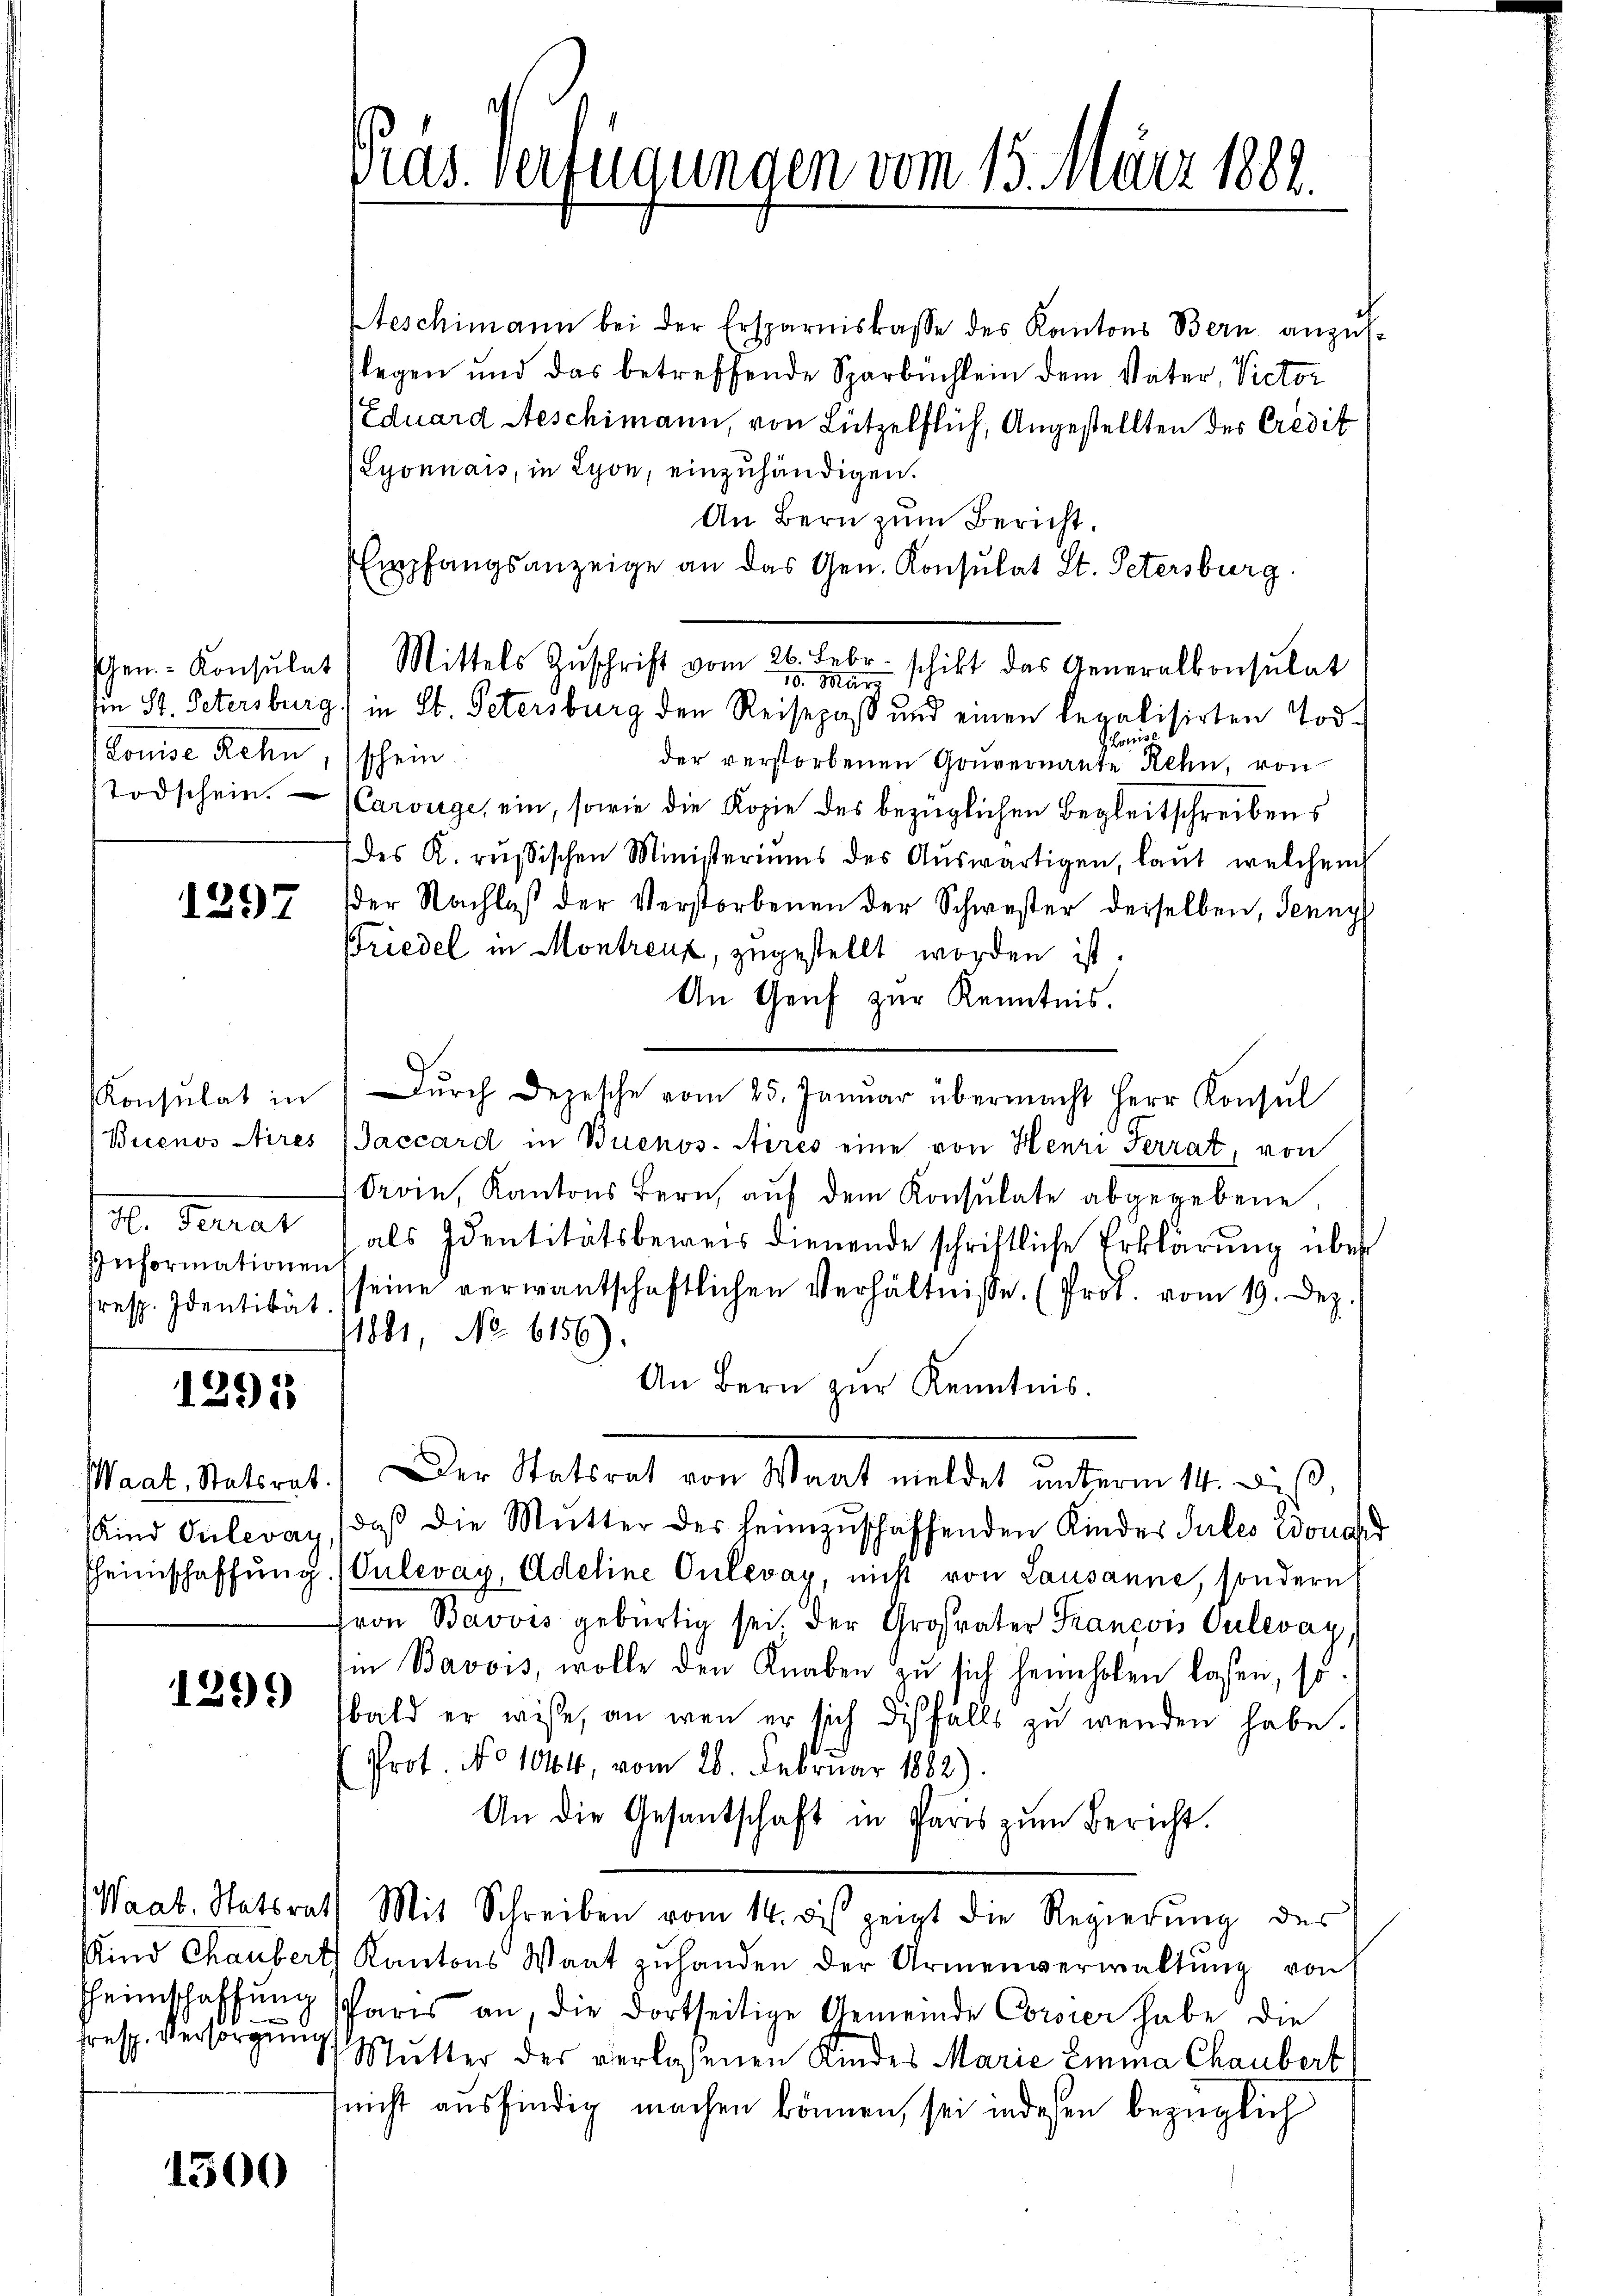
schen. - Konsulat
tonie Lehen,
Todschein.

1297

Konsulat in
Buenos Aires
d. Berat
Informationen
fresp. Identität

1395

Waat, Statsrat.
Kind Pulevay
Heimschaffung

1299

Waat. Statsrat
Kind Chaubert
Heimschaffung
fresp. Versorgung.

1500

ras. Verfügungen vom 15. März 1882.

teschimann bei der Ersparniskasse des Kantons Bern anzust
slegen und das betreffende Sparbüchlein dem Vater, Victor
Eduard Aeschimann, von Lützelflich, Angestellten des Credit
Lyonnais, in Lyon, einzuhändigen.
An Bern zum Bericht.
Empfangsanzeige an das Gen. Konsulat St. Petersburg.
Mittels Zŭschrift vom 26. Febr. schikt das Generalkonsulat
10. März
Iin St. Petersburg) in St. Petersburg den Reisepaß und einen legalisirten Tod¬
Loewise
schein
der verstorbenen Gouvernannte Rehn, von
Carouge, ein, sowie die Kopie des bezüglichen Begleitschreibens
(des K. russischen Ministeriums des Aŭswärtigen, laut welchem
der Nachlaβ der Verstorbenen der Schwester derselben, Jenny
Friedel in Montreuz, zugestellt worden ist.
An Genf zur Kenntnis.
Dŭrch Depesche vom 25. Januar übermacht Herr Konsul
Jaccard in Buenos-Ayres eine von Henri Terrat, von
Oroin, Kantons Bern, aŭf dem Konsulate abgegebene,
als Identitätsbeweis dienende schriftliche Erklärung über
seine verwantschaftlichen Verhältnisse. (Prot. vom 19. Dez.
1881, No 6156)
An Bern zŭr Kenntnis.
Der Vaterat von Staat meldet unterm 11. des
daß die Mutter des heimzuschaffenden Kinder Sules donand
Oulevay, Adeline Oulevay, nicht von Lausanne, sondern
ron Bavvis gebürtig sei. Der Grosvater Francois Oulevay,
i Bavois, wolle den Knaben zu sich heimholen lassen, so
bald er wisse, an wan er sich diesfalls zŭ wenden habe.
Prot. No 104, vom 26. Februar 1882)
An die Gesantschaft in Paris zum Bericht.
Mit Schreiben vom 14. des zeigt die Regierŭng des
Kantons Wart zuhanden der Armenverwaltung von
Paris an, die dortseitige Gemeinde Corvier habe die
Mŭtter der verlassenen Kindes Marie Emma Chaubert
nicht ausfindig machen können, sei indeßen bezüglich